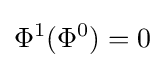
\Phi ^{1}(\Phi ^{0})=0